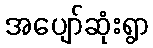
အပျော်ဆုံးရွာ